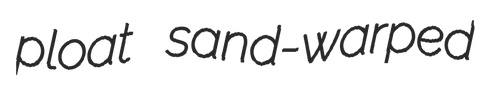
ploat sand-warped